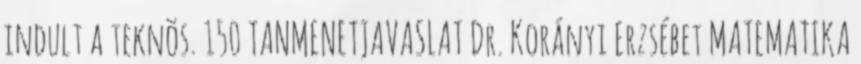
indult a teknõs. 150 TANMENETJAVASLAT Dr. Korányi Erzsébet MATEMATIKA